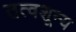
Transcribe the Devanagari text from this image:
तत्वशून्य